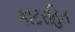
કાટરહિત